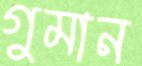
গুমান